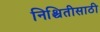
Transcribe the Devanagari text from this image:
निश्चितीसाठी